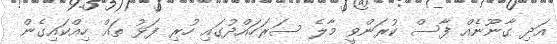
އަދި ގާނޫނެއް ފާސް ކުރަންވީ މާލެ ސަރަަހައްދުގައި ހުރި ފަޅު ތައް ހިއްކައިގެން